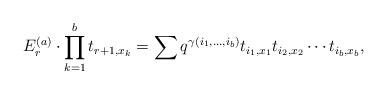
LaTeX: \begin{align*}E_{r}^{(a)} \cdot \prod_{k=1}^{b} t_{r+1,x_{k}} = \sum_{} q^{\gamma(i_{1}, \dotsc , i_{b})} t_{i_{1}, x_{1}}t_{i_{2}, x_{2}}\dotsb t_{i_{b},x_{b}},\end{align*}